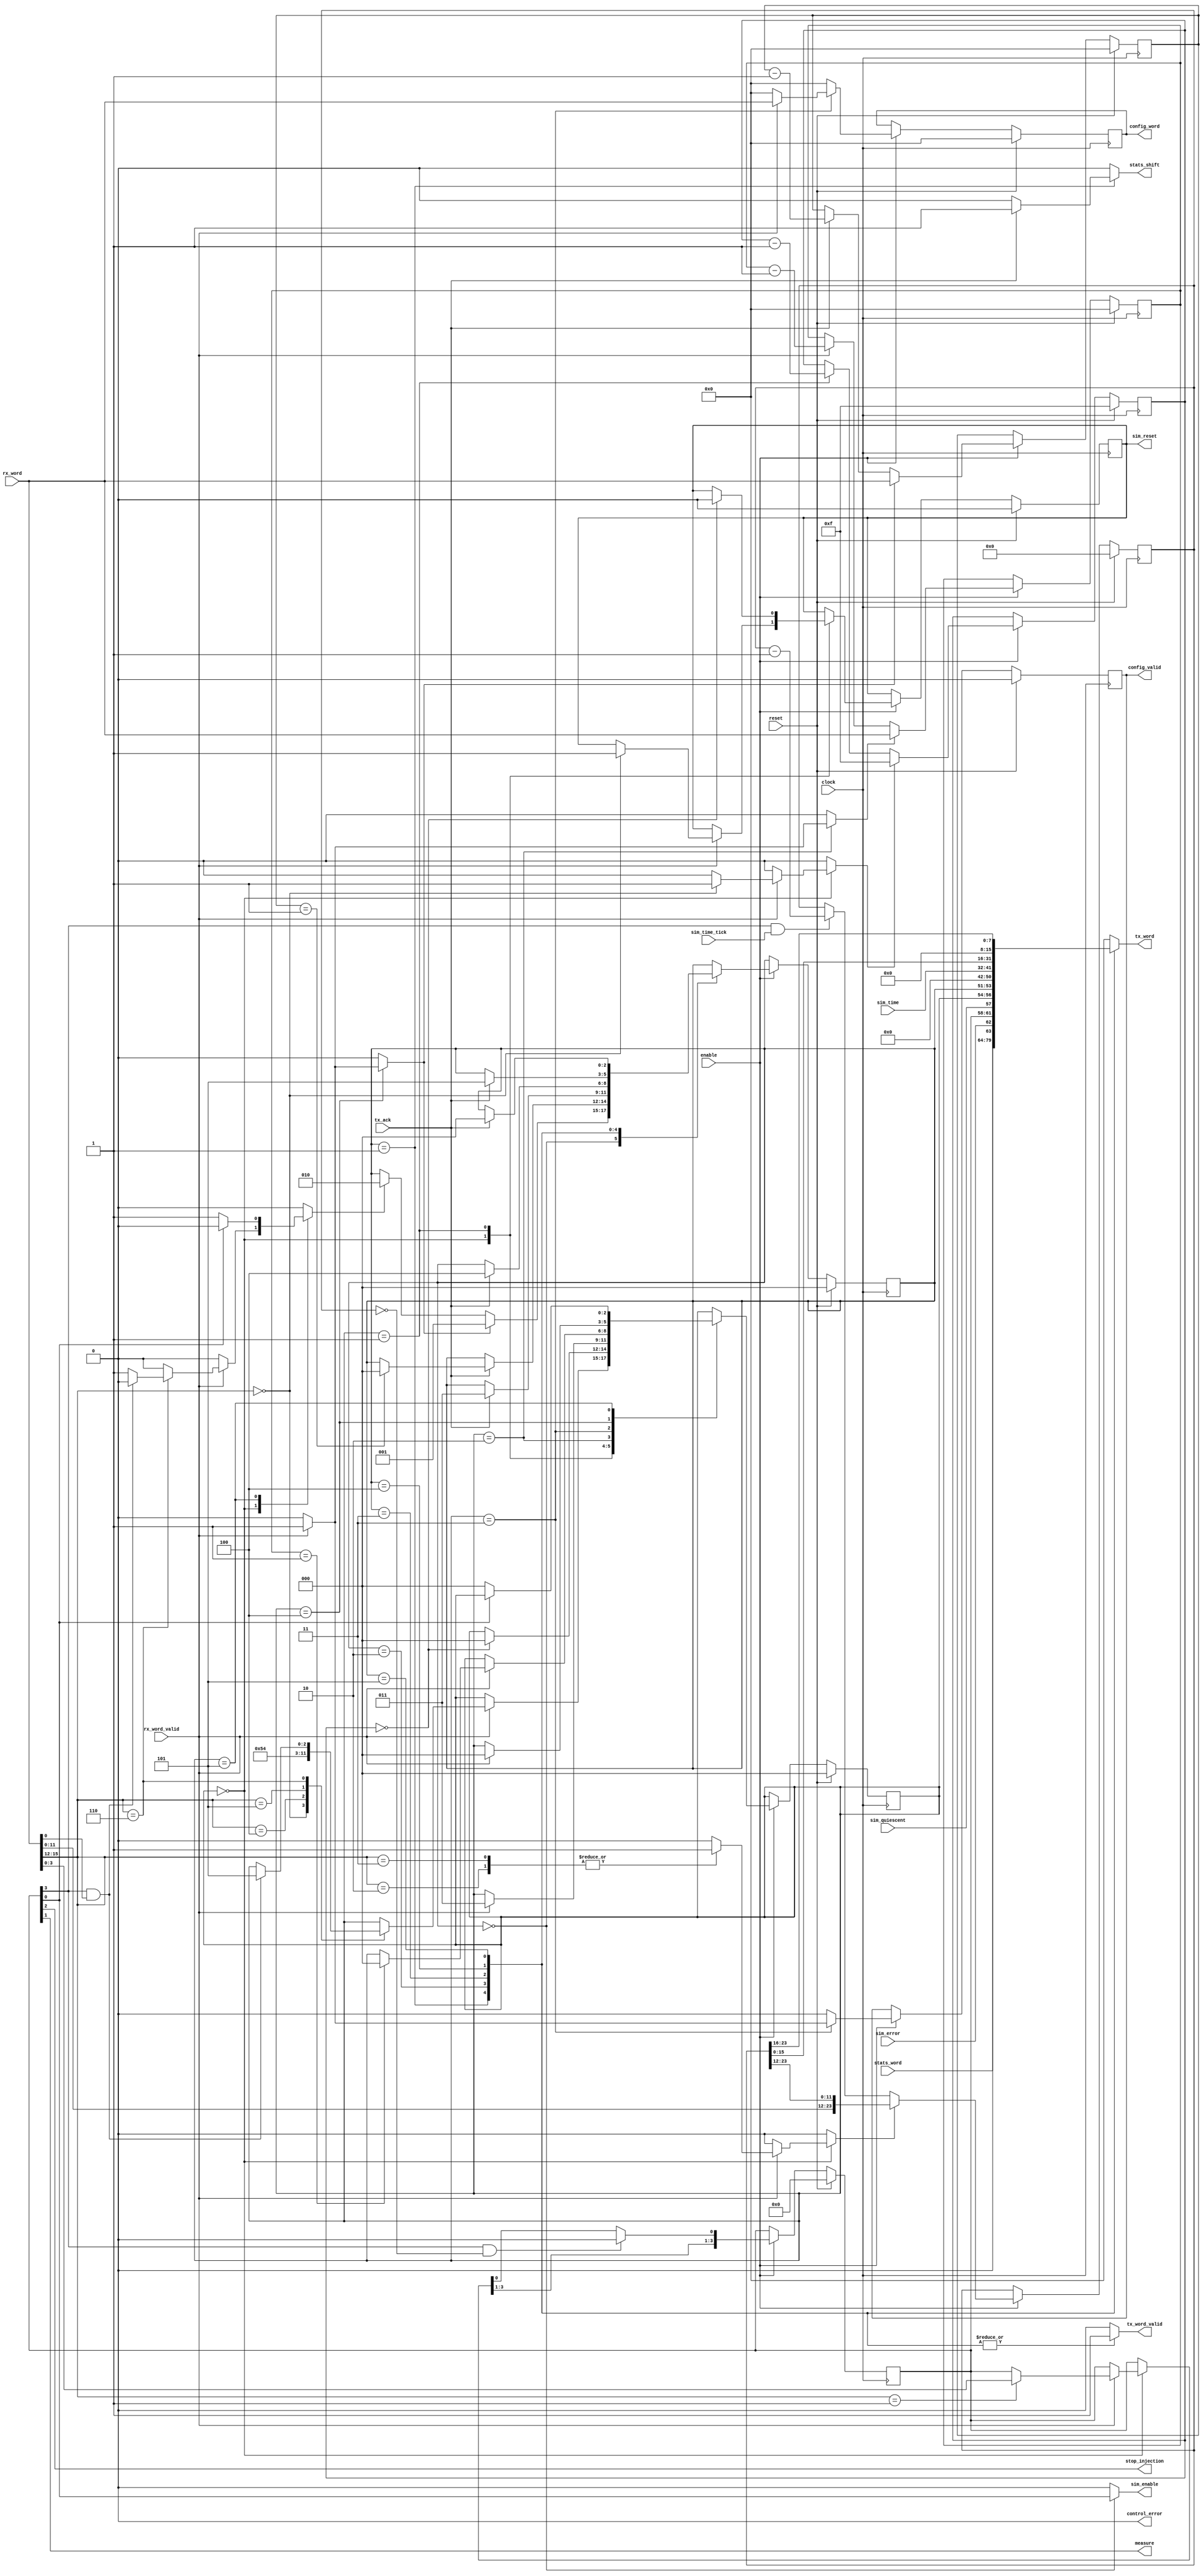
`timescale 1ns / 1ps
/* Control Unit
 */
module Control (
    input   clock,
    input   reset,
    input   enable,
    output  control_error,
    
    // To UART interface
    input       [15:0]  rx_word,
    input               rx_word_valid,
    output  reg [15:0]  tx_word,
    output  reg         tx_word_valid,
    input               tx_ack,
    
    // To simulator interface
    output              sim_reset,
    output              sim_enable,
    input               sim_error,
    output              stop_injection,
    output              measure,
    
    input       [9:0]   sim_time,
    input               sim_time_tick,
    input               sim_quiescent,
    
    output  reg [15:0]  config_word,
    output  reg         config_valid,
    output  reg         stats_shift,
    input       [15:0]  stats_word
);

    // Control bits
    `define C_OFFSET    15:12
    
    localparam [3:0] O_RESET = 0,
                     O_COMMON = 1,
                     O_TIMER_VALUE = 2,
                     O_TIMER_VALUE_HI = 3,
                     O_CONFIG_ENABLE = 4,
                     O_DATA_REQUEST = 5,
                     O_STATES_REQUEST = 6;
               
    localparam C_SIM_ENABLE = 0,
               C_MEASURE = 1,
               C_STOP_INJECTION = 2,
               C_TIMER_ENABLE = 3,
               C_NUM_BITS = 4;
    
    localparam DECODE = 0,
               RESET_SIM = 1,
               LOAD_CONFIG_LENGTH = 2,
               CONFIG = 3,
               LOAD_DATA_LENGTH = 4,
               BLOCK_SEND_STATES = 5;

    localparam TX_IDLE = 0,
               TX_SHIFT_DATA = 1,
               TX_SEND_STATE = 2,
               TX_SEND_STATE_2 = 3,
               TX_SEND_STATE_3 = 4,
               TX_SEND_STATE_4 = 5;
               
    // Internal states
    reg     [C_NUM_BITS-1:0]    r_control;
    reg                         r_sim_reset;
    reg     [2:0]               r_state;
    reg     [2:0]               r_tx_state;
    
    reg     [3:0]               r_counter;          // Reset counter
    reg     [23:0]              r_timer_counter;
    reg     [15:0]              r_config_counter;
    reg     [15:0]              r_data_counter;
    
    // Wires
    reg     [2:0]               next_state;
    reg                         next_sim_reset;
    reg     [C_NUM_BITS-1:0]    next_control;
    reg     [2:0]               next_tx_state;
    reg     [15:0]              next_config_word;
    reg                         next_config_valid;
    
    reg                         reset_counter;
    reg                         shift_timer_counter;
    reg                         load_config_counter;
    reg                         load_data_counter;
    reg                         start_send_state;
    
    
    // Output
    assign control_error = 1'b0;
    assign sim_reset = r_sim_reset;
    assign sim_enable = (r_tx_state == TX_IDLE) ? r_control[C_SIM_ENABLE] : 1'b0;
    assign stop_injection = r_control[C_STOP_INJECTION];
    assign measure = r_control[C_MEASURE];
    
    
    //
    // Control FSM
    //
    always @(posedge clock)
    begin
        if (reset)
        begin
            r_state <= DECODE;
            r_sim_reset <= 1'b0;
            r_control <= 0;
            config_word <= 0;
            config_valid <= 0;
        end
        else if (enable)
        begin
            r_state <= next_state;
            r_sim_reset <= next_sim_reset;
            r_control <= next_control;
            config_word <= next_config_word;
            config_valid <= next_config_valid;
        end
    end
    
    always @(*)
    begin
        next_state = r_state;
        next_sim_reset = r_sim_reset;
        next_control = r_control;
        
        reset_counter = 1'b0;
        shift_timer_counter = 1'b0;
        load_config_counter = 1'b0;
        load_data_counter = 1'b0;
        start_send_state = 1'b0;
        
        next_config_word = 0;
        next_config_valid = 1'b0;
        
        case (r_state)
            DECODE:
            begin
                if (rx_word_valid)
                begin
                    case (rx_word[`C_OFFSET])
                        O_RESET:
                        begin
                            next_sim_reset = 1'b1;
                            next_state = RESET_SIM;
                            reset_counter = 1'b1;
                        end
                        
                        O_COMMON:           // Load the command bits
                        begin
                            next_control = rx_word[C_NUM_BITS-1:0];
                        end
                        
                        O_TIMER_VALUE:      // Timer value is encoded in this command
                        begin
                            shift_timer_counter = 1'b1;
                        end
                        
                        O_TIMER_VALUE_HI:
                        begin
                            shift_timer_counter = 1'b1;
                        end
                        
                        O_CONFIG_ENABLE:    // Counter value is in the next command
                        begin
                            next_state = LOAD_CONFIG_LENGTH;
                        end
                        
                        O_DATA_REQUEST:     // Counter value is in the next command
                        begin
                            next_state = LOAD_DATA_LENGTH;
                        end
                        
                        O_STATES_REQUEST:
                        begin
                            if (r_control[C_TIMER_ENABLE] & rx_word[0])
                            begin           // When timer-enable is set, block and send states after sim stops
                                next_state = BLOCK_SEND_STATES;
                            end
                            else            // Non-blocking
                                start_send_state = 1'b1;
                        end                    
                    endcase
                end
            end
            
            RESET_SIM:  // Hold reset for 16 cycles
            begin
                if (r_counter == 0)
                begin
                    next_sim_reset = 1'b0;
                    next_state = DECODE;
                end
            end
            
            LOAD_CONFIG_LENGTH:         // Load the # of config words to receive (N <= 64K)
            begin
                if (rx_word_valid)
                begin
                    load_config_counter = 1'b1;
                    next_state = CONFIG;
                end
            end
            
            CONFIG:                     // Receive words and send to config_word port
            begin
                if (rx_word_valid)
                begin
                    next_config_valid = 1'b1;
                    next_config_word = rx_word;
                    
                    if (r_config_counter == 1)
                        next_state = DECODE;
                end
            end
            
            LOAD_DATA_LENGTH:           // Load the # of data words to send back (N <= 64K)
            begin
                if (rx_word_valid)
                begin
                    load_data_counter = 1'b1;
                    next_state = DECODE;
                end
            end
            
            BLOCK_SEND_STATES:          // Wait until sim_enable is low and initiate send states
            begin
                if (~r_control[C_SIM_ENABLE])
                begin
                    start_send_state = 1'b1;
                    next_state = DECODE;
                end
            end
        endcase
        
        // Timer controlled simulation
        if (r_control[C_TIMER_ENABLE] == 1'b1 && r_timer_counter == 0)
            next_control[C_SIM_ENABLE] = 1'b0;
    end
    
    // Reset counter
    always @(posedge clock)
    begin
        if (reset)
            r_counter <= 4'hF;
        else if (enable)
        begin
            if (reset_counter)
                r_counter <= 4'hF;
            else if (r_state == RESET_SIM)
                r_counter <= r_counter - 1;
        end
        /* // This causes non-deterministic behaviours
        if (reset_counter)
            r_counter <= 4'hF;
        else if (enable)
            r_counter <= r_counter - 1;*/
    end
    
    // Timer counter
    always @(posedge clock)
    begin
        if (reset)
            r_timer_counter <= 0;
        else if (enable)
        begin
            if (shift_timer_counter)
                r_timer_counter <= {rx_word[11:0], r_timer_counter[23:12]}; // load low 12 bits first
            else if (r_control[C_TIMER_ENABLE] & sim_time_tick)
                r_timer_counter <= r_timer_counter - 1;
        end
    end
    
    // Config word counter
    always @(posedge clock)
    begin
        if (reset)
            r_config_counter <= 0;
        else if (enable)
        begin
            if (load_config_counter)
                r_config_counter <= rx_word;
            else if (rx_word_valid)
                r_config_counter <= r_config_counter - 1;
        end
    end
    
    // Data counter
    always @(posedge clock)
    begin
        if (reset)
            r_data_counter <= 0;
        else if (enable)
        begin
            if (load_data_counter)
                r_data_counter <= rx_word;
            else if (tx_ack)
                r_data_counter <= r_data_counter - 1;
        end
    end
    
    //
    // TX State Machine
    //
    always @(posedge clock)
    begin
        if (reset)
            r_tx_state <= TX_IDLE;
        else if (enable)
            r_tx_state <= next_tx_state;
    end
    
    always @(*)
    begin
        next_tx_state = r_tx_state;
        stats_shift = 1'b0;
        tx_word = 0;
        tx_word_valid = 1'b0;
        
        case (r_tx_state)
            TX_IDLE:
            begin
                if (load_data_counter)      // Start sending data words
                    next_tx_state = TX_SHIFT_DATA;
                else if (start_send_state)
                    next_tx_state = TX_SEND_STATE;
            end
            
            TX_SHIFT_DATA:
            begin
                tx_word = stats_word;
                tx_word_valid = 1'b1;
                
                if (tx_ack)
                begin
                    stats_shift = 1'b1;
                    
                    if (r_data_counter == 1)
                        next_tx_state = TX_IDLE;
                end
            end
            
            TX_SEND_STATE:
            begin
                tx_word = {control_error, sim_error, r_control, sim_quiescent, r_state, r_tx_state, 3'h0};
                tx_word_valid = 1'b1;
                
                if (tx_ack)
                    next_tx_state = TX_SEND_STATE_2;
            end
            
            TX_SEND_STATE_2:
            begin
                tx_word = {6'h00, sim_time};
                tx_word_valid = 1'b1;
                
                if (tx_ack)
                    next_tx_state = TX_SEND_STATE_3;
            end
            
            TX_SEND_STATE_3:
            begin
                tx_word = r_timer_counter[15:0];
                tx_word_valid = 1'b1;
                
                if (tx_ack)
                    next_tx_state = TX_SEND_STATE_4;
            end
            
            TX_SEND_STATE_4:
            begin
                tx_word = {8'h00, r_timer_counter[23:16]};
                tx_word_valid = 1'b1;
                
                if (tx_ack)
                    next_tx_state = TX_IDLE;
            end
        endcase
    end

endmodule